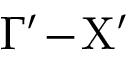
\Gamma ^ { \prime } \! - \! \mathrm { X } ^ { \prime }